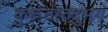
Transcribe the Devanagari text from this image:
कुरूतस्तदुभयं